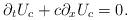
LaTeX: \begin{align*}\partial_tU_{c}+c\partial_xU_c=0. \end{align*}